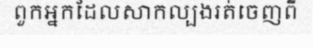
ពួកអ្នកដែលសាកល្បងរត់ចេញពី